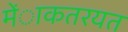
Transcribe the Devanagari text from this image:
मेंाकतरयत